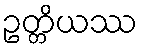
ဥတ္တိယဿ